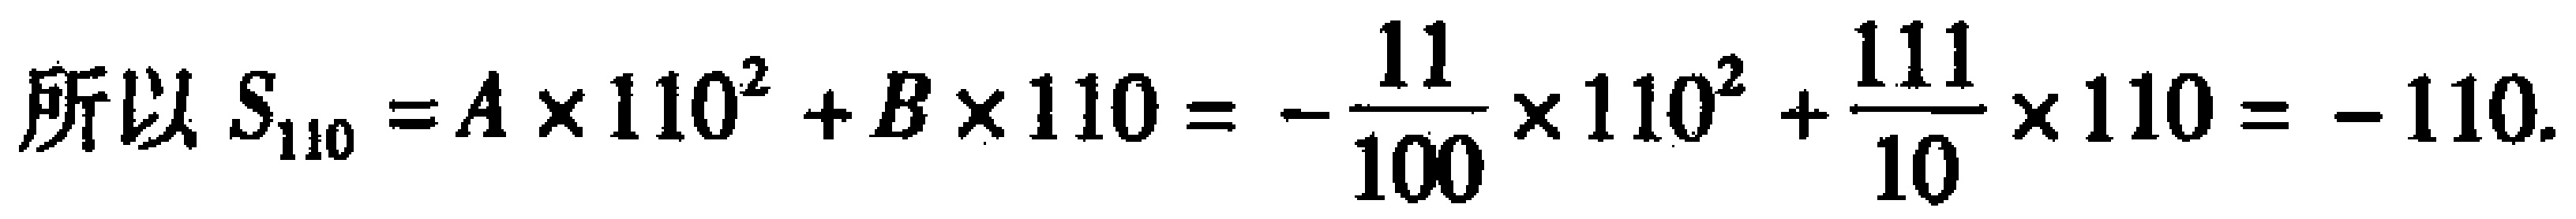
所以 \(S_{110}=A\times110^{2}+B\times110 = -\frac{11}{100}\times110^{2}+\frac{111}{10}\times110 = - 110\).